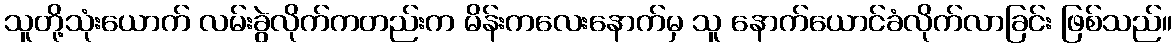
သူတို့သုံးယောက် လမ်းခွဲလိုက်ကတည်းက မိန်းကလေးနောက်မှ သူ နောက်ယောင်ခံလိုက်လာခြင်း ဖြစ်သည်။